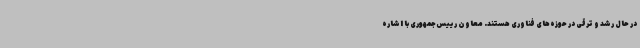
در حال رشد و ترقی در حوزه‌های فناوری هستند. معاون رییس‌جمهوری با اشاره